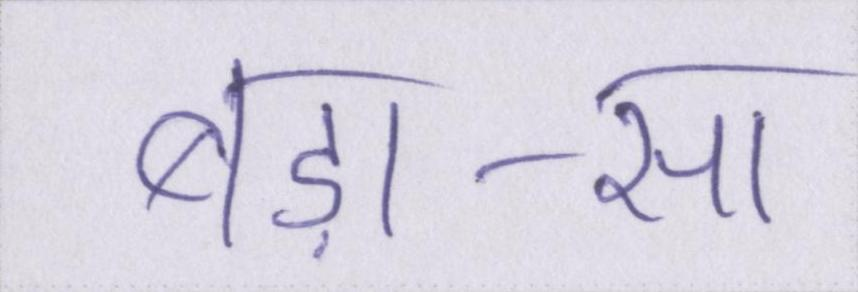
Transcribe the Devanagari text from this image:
बड़ा-सा